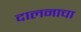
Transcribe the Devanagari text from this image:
दालनाचा